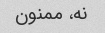
نه، ممنون